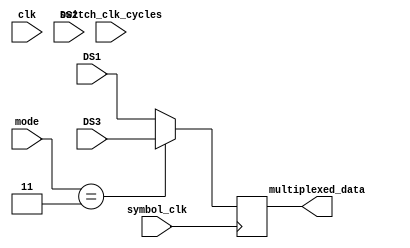

module data_multiplexer(
    input wire clk,							// Internal clock signal operating at 100MHz
    input wire symbol_clk,       			// External symbol_clock
    input wire [1:0] switch_clk_cycles, 	// after what number of clk cycles to switch data 
    input wire [2:0] DS1, DS2, DS3,    		// data inputs
    input wire [1:0] mode,       			// modes of operation
    output reg [2:0] multiplexed_data 		// multiplexed data output
						);


reg [1:0] count;                // temp Counter for of clock cycles
reg [2:0] data_out;             // temp reg to store Output

always @(posedge clk) 
begin
    // Increment counter
    count <= count + 1;

    // Check if time to switch data based on switch_clk_cycles
    if (count == switch_clk_cycles)
	begin
        count <= 0;  
    end
end

always @(posedge symbol_clk) 
begin
    // Output multiplexed data synchronized with symbol_clk
    multiplexed_data <= {DS1,DS1,DS1};
    
    //output multiplexed data sync
    case(mode)
            1: multiplexed_data <= {DS1, DS1, DS1}; // Mode 1: DS1 repeated
            2: multiplexed_data <= {DS1, DS2, DS1}; // Mode 2: DS1 for half, DS2 for half
            3: multiplexed_data <= {DS1, DS2, DS3}; // Mode 3: DS1, DS2, DS3 for each third
            //default: data_out <= {DS1, DS1, DS1}; // Default to mode 1
        endcase
    
end

endmodule